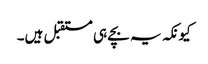
کیونکہ یہ بچے ہی مستقبل ہیں۔